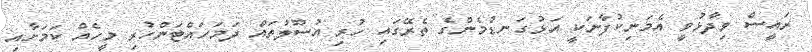
ރައީސް ވިދާޅުވީ އެމަނިކުފާނަކީ އަޅުގަނޑުމެންގެ ތެރޭގައި ހުރި އުސޫލުތައް ދަމަހައްޓަންހުރި މީހެއް ކަމަށާއި